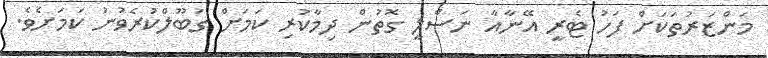
މަންޒަރުތަކަށް ފަހު ޓެރީ އޭނާއާ ނަސްލީ ގޮތުން ދިމާކުރި ކަމަށް ގަބޫލްކުރެވުނު ކަމަށެވެ.